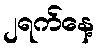
၂ရက်နေ့